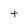
Character: t